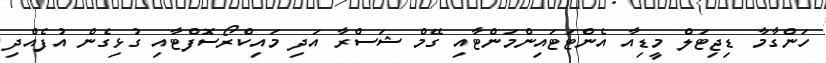
ހަންގާމާ ޑިޖިޓަލް މީޑިއާ އެންޓަޓައިންމަންޓާއި ގޭމް ޝަސްރާ އަދި މައިކްރޯސޮފްޓާއި ގުޅިގެން އުފެއްދި